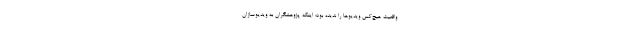
واقعیت هیچ‌کس ویدیوها را ندیده بود؛ اینکه پژوهشگران به ویدیوسازان